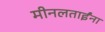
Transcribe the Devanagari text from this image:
मीनलताईंना